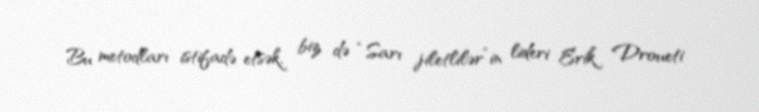
Bu metodları istifadə etsək, biz də “Sarı jiletlilər”in lideri Erik Droueti